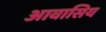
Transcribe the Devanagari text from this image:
आवासिय